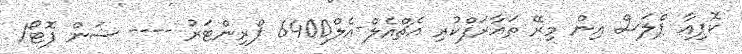
ކޮޕިއާ ޕްލަސް އިން މިރޭ ތައާރަފްކުރި އެޗްއެލް-އެލް6400 ޕްރިންޓަރު ---- ސަން ފޮޓޯ/